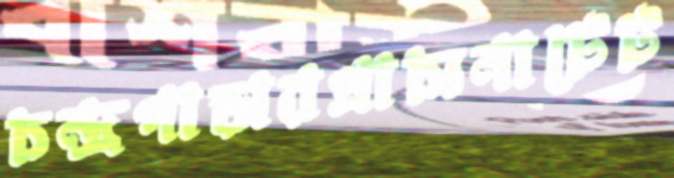
চন্দ্রপাড়ারপ্রাচ্যনাটেট